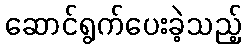
ဆောင်ရွက်ပေးခဲ့သည့်